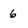
Character: 6